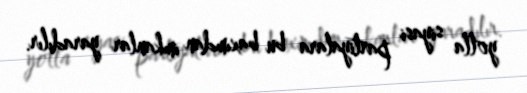
yolla siyasi partiyalara bu baxımdan imkanlar yaradılır.